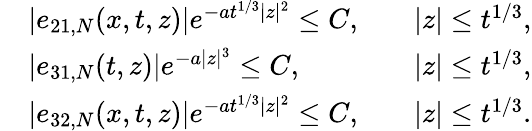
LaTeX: \begin{array}{rlrl}&{|e_{21,N}(x,t,z)|e^{-at^{1/3}|z|^{2}}\leq C,}&&{|z|\leq t^{1/3},}\\ &{|e_{31,N}(t,z)|e^{-a|z|^{3}}\leq C,}&&{|z|\leq t^{1/3},}\\ &{|e_{32,N}(x,t,z)|e^{-at^{1/3}|z|^{2}}\leq C,}&&{|z|\leq t^{1/3}.}\end{array}